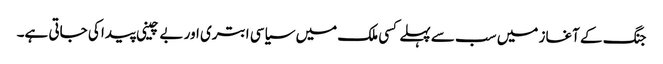
جنگ کے آغاز میں سب سے پہلے کسی ملک میں سیاسی ابتری اور بے چینی پیدا کی جاتی ہے۔